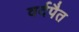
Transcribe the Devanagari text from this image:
वर्दपैत